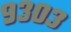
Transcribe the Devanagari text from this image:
९३०३